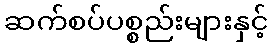
ဆက်စပ်ပစ္စည်းများနှင့်